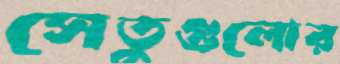
সেতুগুলোর